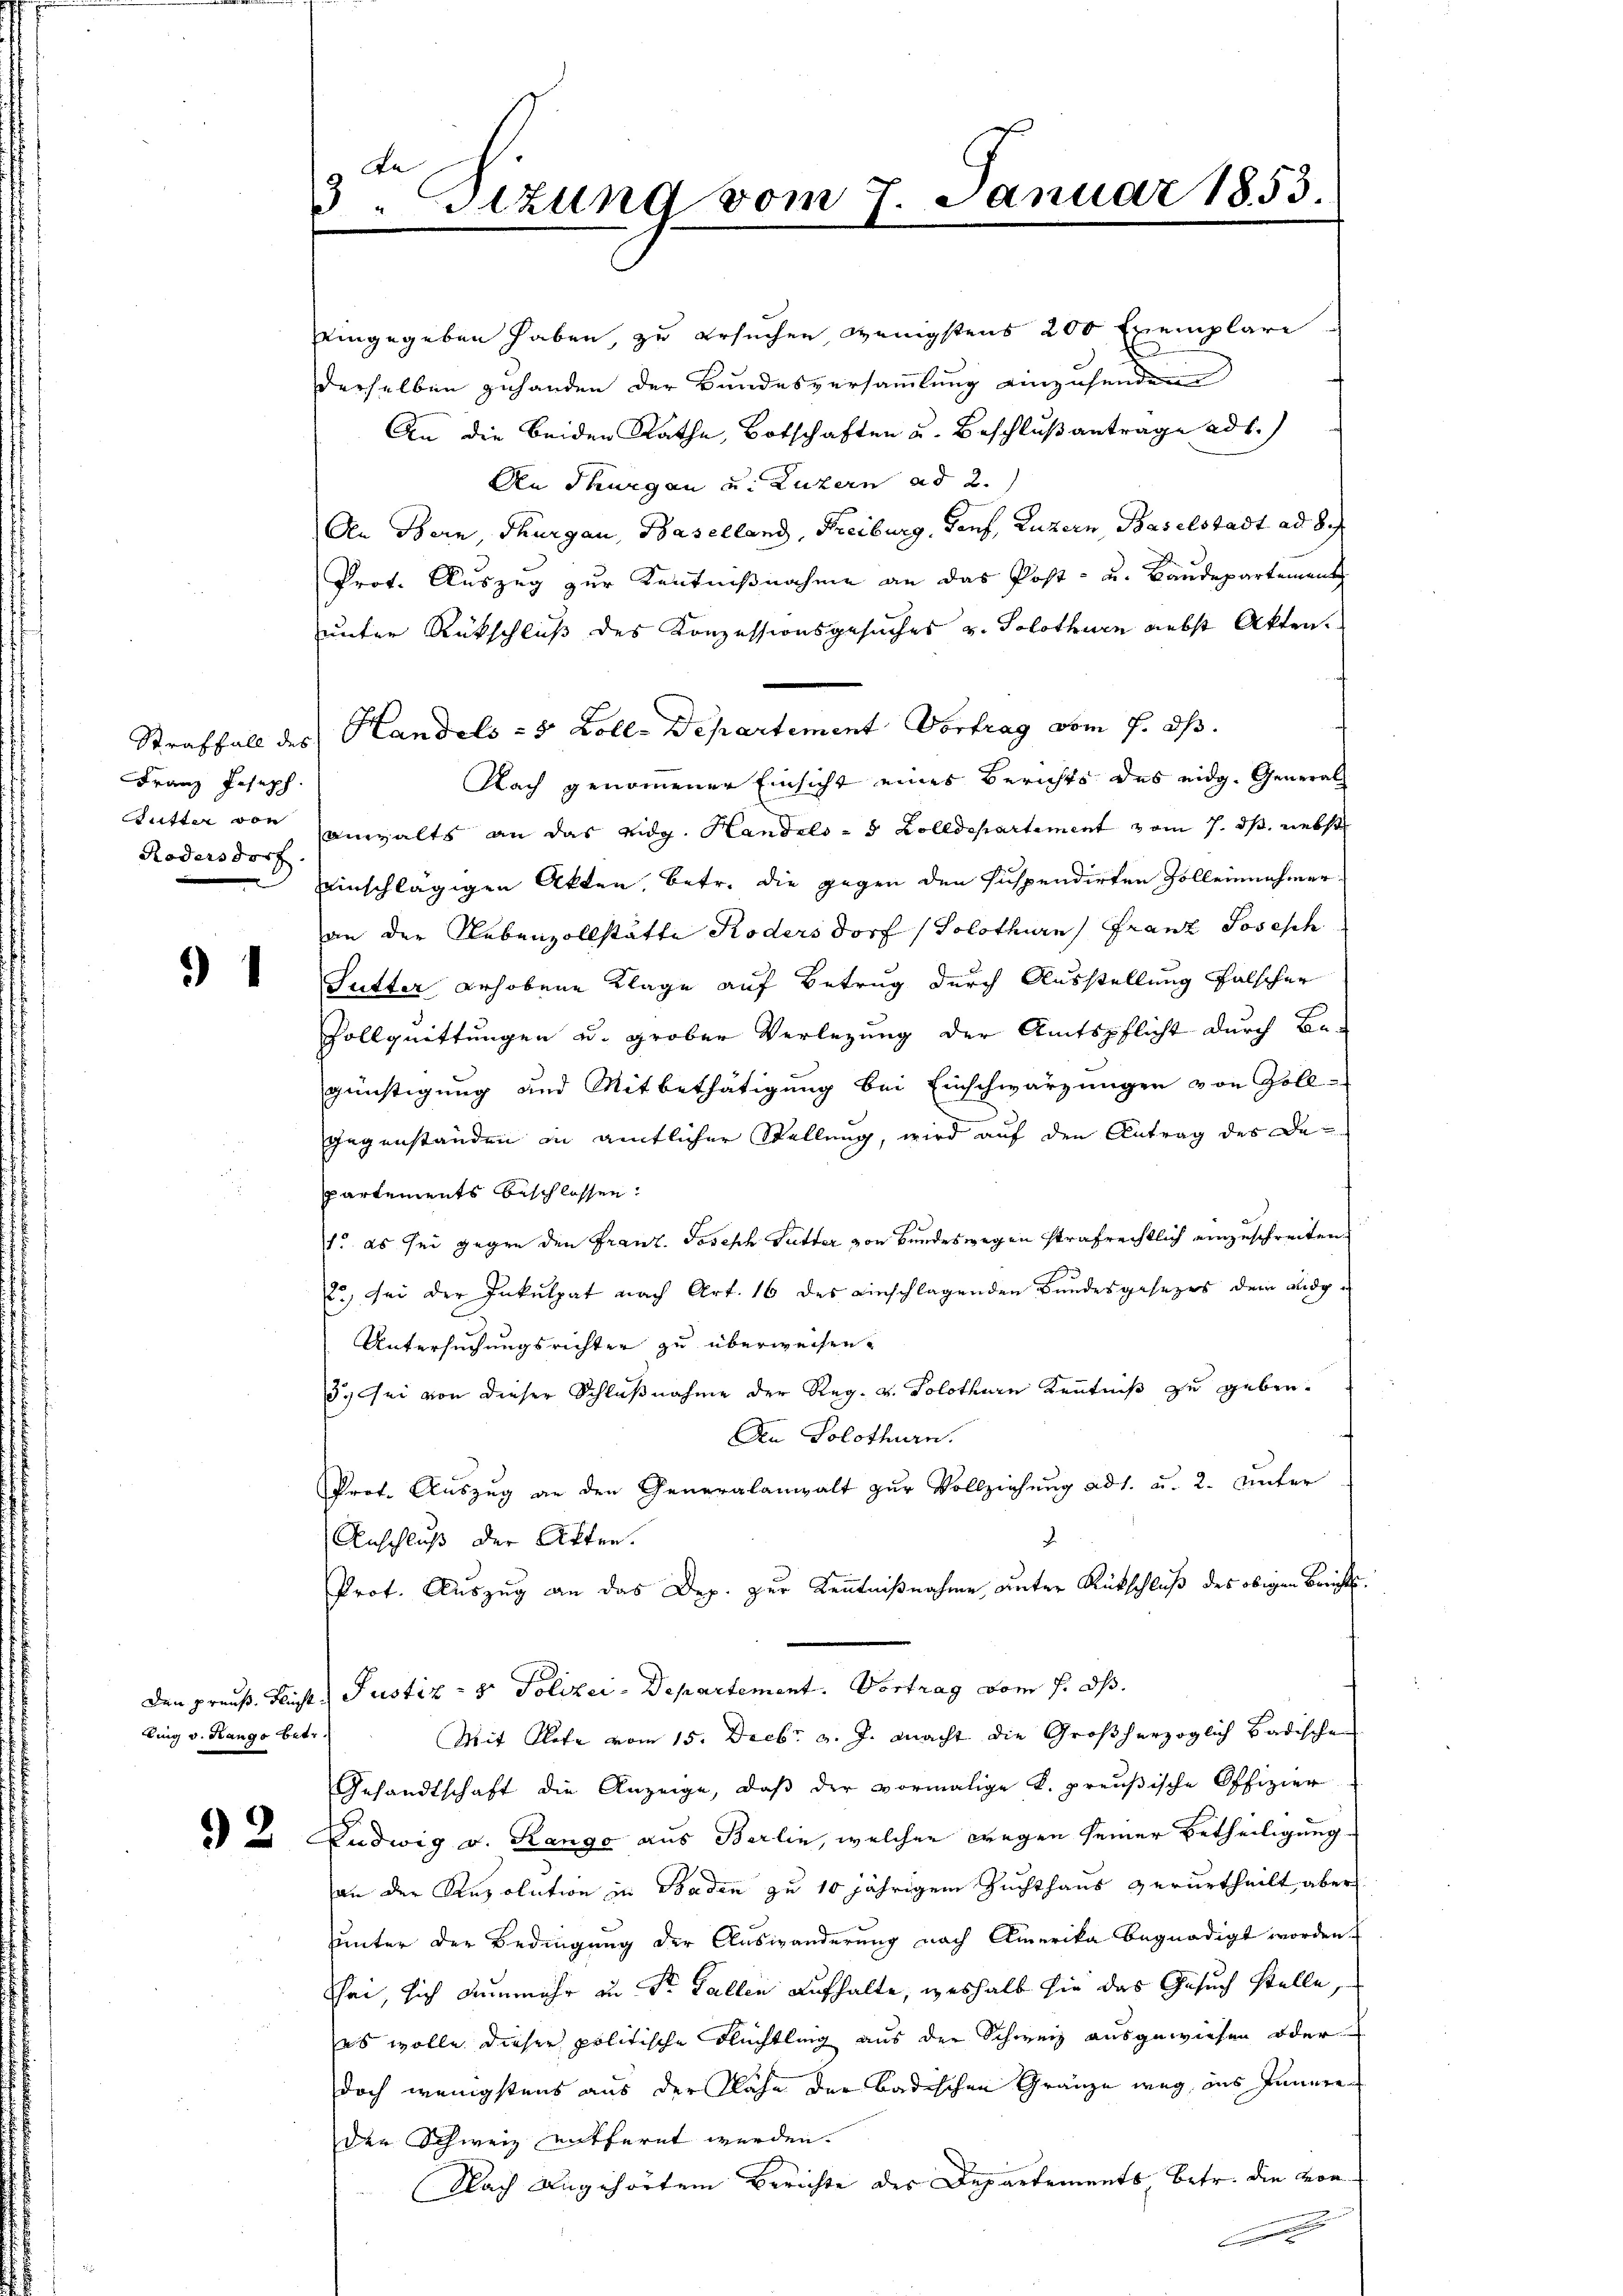
Franz Joseph
Rödersdorf.

)

ling v. Hange betr

2

C
3. sizung vom 7. Januar 1853.
.

eingegeben haben, zu ersuchen, wenigstens 200 Exemplare
derselben zuhanden der Bundesversammlung einzusenden
An die beiden Rathe, Botschaften u. Beschluß antrage ad b.)
An Thurgau u. Luzern ad 2.)
Den Bern, Thurgau, Baselland, Freiburg, Genf, Luzern, Baselstadt ad 8.
Prot. Auszug zur Kentnißnahme an das Post- u. Baudepartement
unter Rückschluß des Konzessionsgesuches v. Solothurn nebst Akten.
Straffall des Handels- & Kolle Departement Vortrag vom 7. ds.
Nach genommener Einsicht eines Berichts des eidg. General
Sutter von anwalts an das eidg. Handels- 5 Zolldepartement vom 7. ds. nebst
inschlägigen Akten, betr. die gegen den suspendirten Zolleinnehmer
an der Nebenvollstätte Kodersdorf (Solothurn) Franz Josesch
Sutter erhobene Klage auf Betrug durch Ausstellung falscher
Gollquittungen od. grober Verlegung der Amtspflicht durch Be-
günstigung und Mitbethätigung bei Einschwarzungen von Zoll-
gegenständen in amtlicher Stellung, wird auf den Antrag des Departements beschlossen.
1. es sei gegen den Franz. Joseph Sutter von Bundeswegen strafrechtlich einzuschreiten.
2., sei der Inkulpat nach Art. 16 des einschlagenden Bundesgesezes dem ausg¬
Untersuchungsrichter zu überweisen.
3. Sei von dieser Schlußnahme der Reg. v. Solothurn Kenntniß zu geben.
An Solothurn.
Prot. Auszug an den Generalanwalt zur Vollziehung ad 1. u. 2. Unter
.
Anschluß der Akten.
Prot. Auszug an das Dep. zur Kenntnißnahme unter Rückschluß des obigen Berichts¬
Den preuß. Fliche Justiz- & Polizei - Departement. Vortrag vom 7. ds.
Mit Rote vom 15. Decbr. v. J. macht die Großherzoglich badische
Gesandtschaft die Anzeige, daß der vormalige K. preußische Offizier
Ludwig v. Rango aus Berlin, welcher wegen seiner Betheiligung
an der Resolution in Baden zu 10 jährigem Zuchthaus verurtheilt, aber
hunter der Bedingung der Auswänderung nach Amerika begnadigt worden.
Tei, sich nunmehr in Dr. Fallen aufhalte, weshalb sie das Gesuch stelle,
ses wolle dieser politische Flüchtling aus der Schweiz ausgewiesen oder
doch wenigstens aus der Rahn der Badischen Gränze weg des Innere
der Schweiz entfernt werden.
Nach Angehörten Berichte der Departements, betr. die von